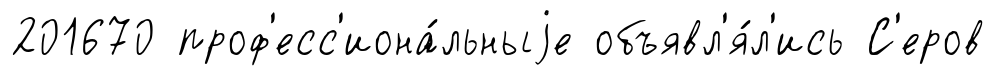
201670 проф'есс'иона́льныjе объявл'я́л'ись С'еров